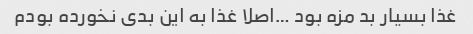
غذا بسیار بد مزه بود …اصلا غذا به این بدی نخورده بودم